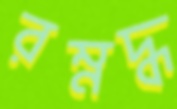
রম্নদ্ধ